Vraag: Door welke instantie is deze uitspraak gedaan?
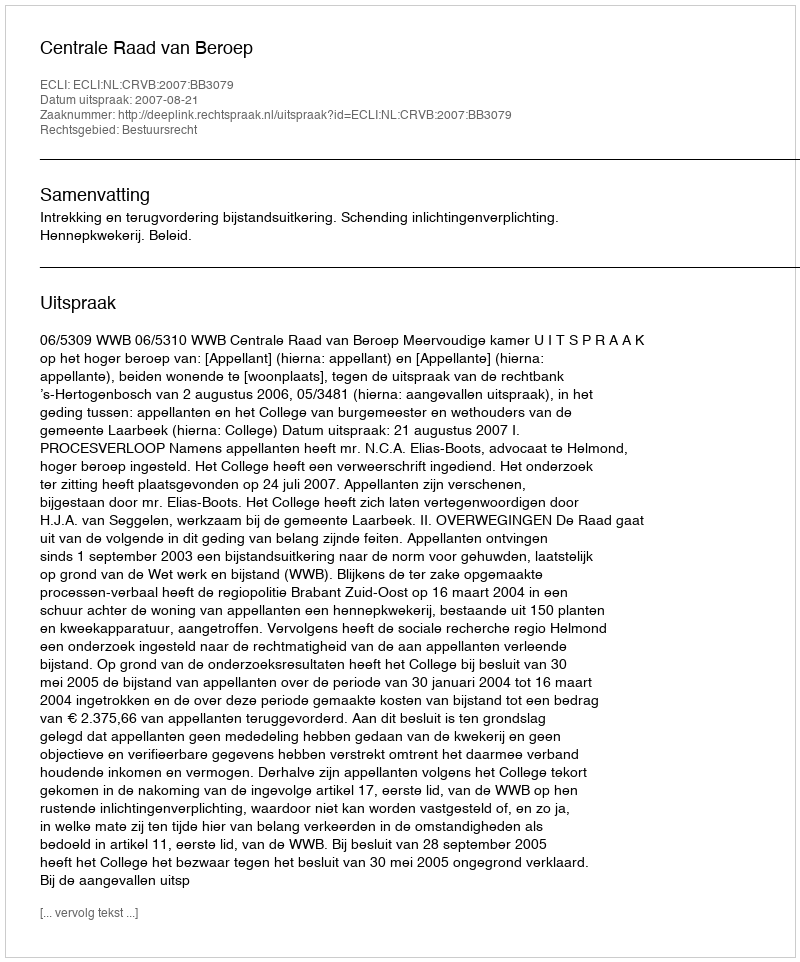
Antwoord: Centrale Raad van Beroep